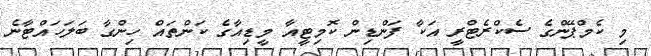
މި ކެމްޕޭންގެ ސެކްރެޓްރީ އަކާ ފަންޑިން ކޮމިޓީއާ މީޑިއާގެ ކަންތައް ހިންގާ ބަލަހައްޓާނެ